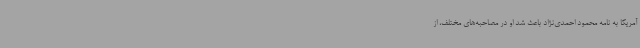
آمریکا به نامه محمود احمدی‌نژاد باعث شد او در مصاحبه‌های مختلف، از